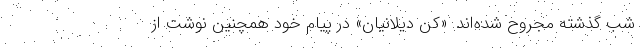
شب گذشته مجروح شده‌اند. «کِن دیلانیان» در پیام خود همچنین نوشت از